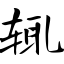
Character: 辄